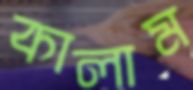
কালাম